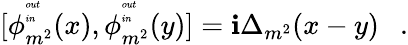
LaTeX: [\phi_{m^{2}}^{{\tiny\begin{array}{l}{{out}}\\ {{in}}\end{array}}}(x),\phi_{m^{2}}^{{\tiny\begin{array}{l}{{out}}\\ {{in}}\end{array}}}(y)]=\mathbf{i}\Delta_{m^{2}}(x-y)~~~.